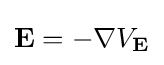
\mathbf {E} =-\mathbf {\nabla } V_{\mathbf {E} }